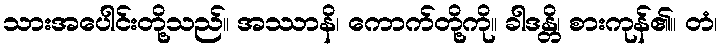
သားအပေါင်းတို့သည်။ အဿာနိ၊ ကောက်တို့ကို။ ခါဒန္တိ၊ စားကုန်၏။ တံ၊